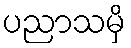
ပညာသမှိ